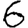
Digit: 6